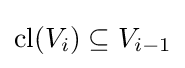
\operatorname {cl} (V_{i})\subseteq V_{i-1}